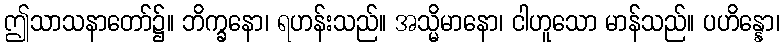
ဤသာသနာတော်၌။ ဘိက္ခနော၊ ရဟန်းသည်။ အသ္မိမာနော၊ ငါဟူသော မာန်သည်။ ပဟိန္နော၊